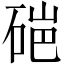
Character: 𬒏